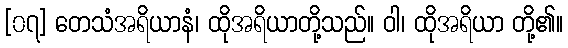
[၀၇] တေသံအရိယာနံ၊ ထိုအရိယာတို့သည်။ ဝါ၊ ထိုအရိယာ တို့၏။